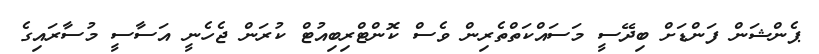
ޕެންޝަން ފަންޑަށް ބިދޭސީ މަސައްކަތްތެރިން ވެސް ކޮންޓްރިބިއުޓް ކުރަން ޖެހެނީ އަސާސީ މުސާރައިގެ